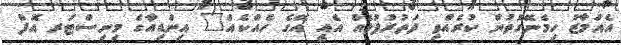
އެއަމާޒު ހިމެނޭގޮތުން ކުރެއްވި ދަތުރުފުޅެއް އެއީ އޭގެ ހެއްކެއް" އިންޑިއާގެ މިނިސްޓަރ އޮފް